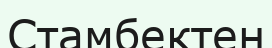
Стамбектен